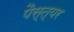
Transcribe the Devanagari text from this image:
पैस्त्यर